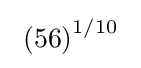
\ \left(56\right)^{1/10}\